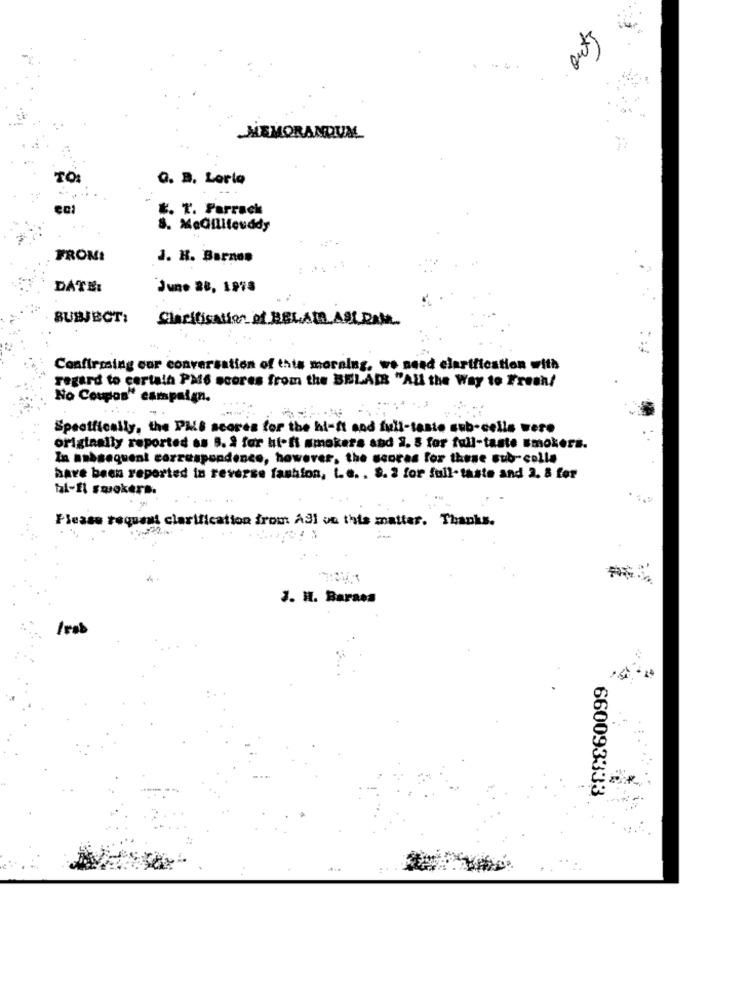
out)
MEMORANDUM
TO
Q. B. Lorto
E. T. Parrack
8. MaGilitouddy
FROM:
J. H. Barnes
DATE:
June 28, 1978
SUBJECT:
Sharifisation of BELAM ASLRAMA
Confirming cor conversation of this morning, we need clarification with
regard to certain PM6 scores from the BELAIR "All the Way to Fresh!
No Coupon" campaign.
-
Specifically, the PMS scores for the hi-ft sod full-taste sub-cells were
originally reported ss 5. 2 for hi-fi nmakers and 2. 8 for full-taste smokers.
In nabsequent correspondence, however, the scores for these sub-colla
have been reported in reverse fashion, Le. . 8. 2 for full- taste and 2. 8 for
ti-Il smokers.
Please request clarification from All on this matter. Thanks.
J. H. Barasa
/rob
660093333